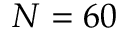
N = 6 0